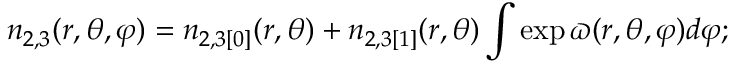
n _ { 2 , 3 } ( r , \theta , \varphi ) = n _ { 2 , 3 [ 0 ] } ( r , \theta ) + n _ { 2 , 3 [ 1 ] } ( r , \theta ) \int \exp \varpi ( r , \theta , \varphi ) d \varphi ;